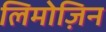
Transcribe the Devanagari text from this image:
लिमोज़िन